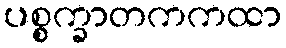
ပစ္စက္ခာတကကထာ